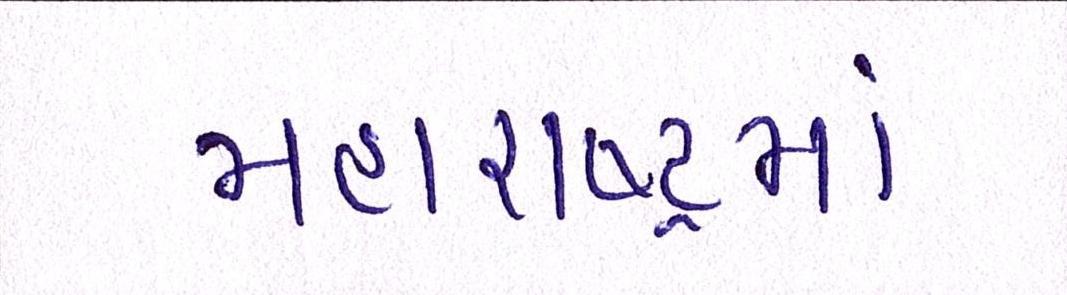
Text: મહારાષ્ટ્રમાં